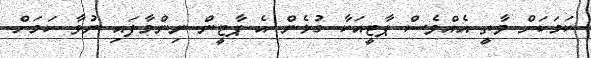
ކަމަކަށް ވާތީ އެއްވެސް ޕާޓީއަކާ ގުޅެން އެ ޕާޓީން ނިންމާފައި ނުވާ ކަމަށް